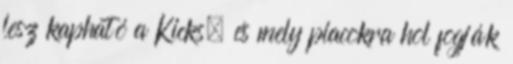
lesz kapható a Kicks, és mely piacokra hol fogják